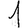
Digit: 1